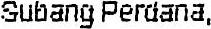
SUBANG PERDANA,